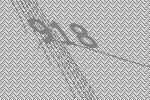
918